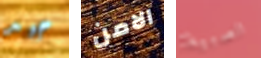
جيد الامن الصبية